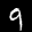
Label: 9